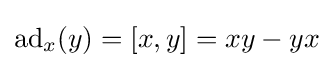
\operatorname {ad} _{x}(y)=[x,y]=xy-yx